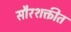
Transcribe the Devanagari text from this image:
सौरशक्तीत